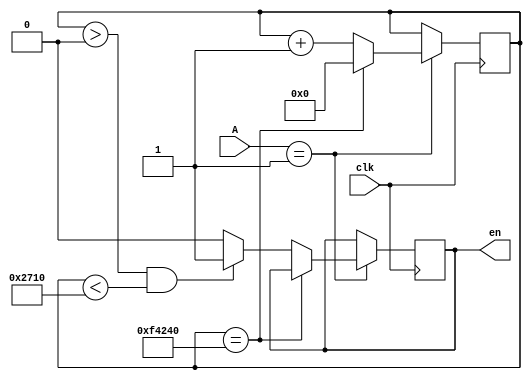
module  en(clk,A,en);

input clk;
input [1:0]A;
output en;

//reg [1:0]mod;
reg [32:0]count;
reg en_buf;

always@(posedge clk)
begin
   if(A == 2'b01)
	begin
   count <= count + 1'b1;
	if(count == 1000000)
	     count <= 0;
	else if(count > 0 && count < 10000)
	     en_buf <= 1;
		 else en_buf <= 0;
	end
end

assign en = en_buf;
endmodule